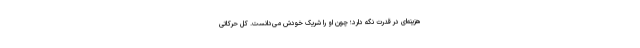
هزینه‌ای در قدرت نگه دارد؛ چون او را شریک خودش می‌دانست. کل حرکاتی